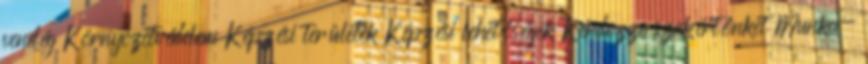
vendég Környezetvédelem Képzési területek Kép­zé­si le­he­tő­sé­gek Kér­dez­ze szak­ér­tőn­ket Munka-